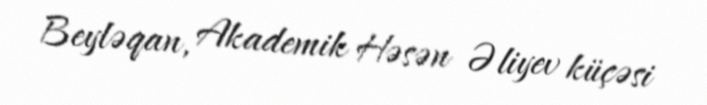
Beyləqan, Akademik Həsən Əliyev küçəsi